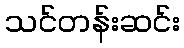
သင်တန်းဆင်း